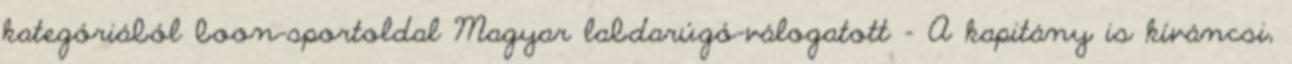
kategóriából boon-sportoldal Magyar labdarúgó-válogatott – A kapitány is kíváncsi,